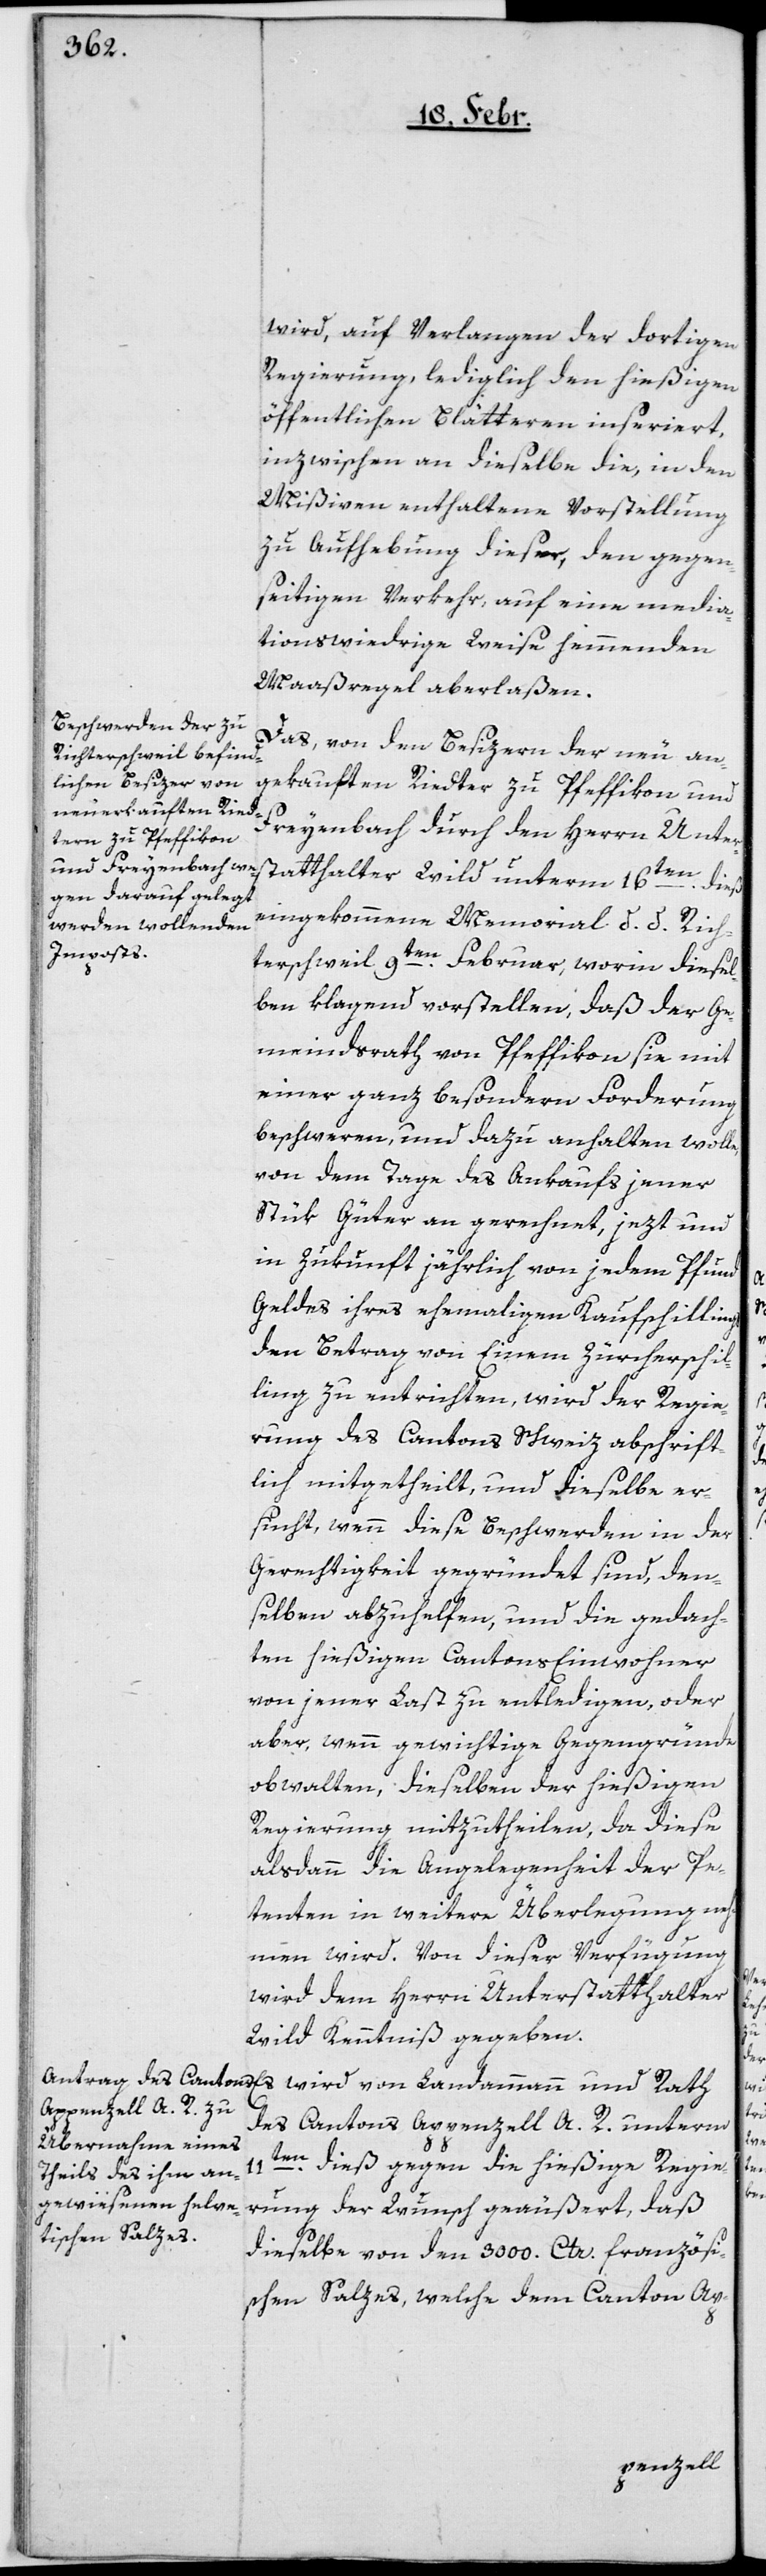
wird auf Verlangen der dortigen
Regierung lediglich den hießigen
öffentlichen Bätteren inseriert,
inzwischen an dieselbe die, in den
Mißiven enthaltene Vorstellung
zu Aufhebung dieser, den gegen¬
seitigen Verkehr, auf eine media¬
tionswidrige Weise hemmenden
Maaßregel aberlaßen.
Das, von den Besizern der neu an¬
gekauften Riedter zu Pfeffikon und
Freyenbach durch den Herrn Unter¬
statthalter Wild unterm 16ten. dieß
eingekommene Memorial d. d. Rich¬
terschweil 9ten. Februar, worin diesel¬
ben klagend vorstellen, daß der Ge¬
meindrath von Pfeffikon sie mit
einer ganz besondern Forderung
beschweren, und dazu anhalten wolle,
von dem Tage des Ankaufs jener
Stük Güter an gerechnet, jezt und
in Zukunft jährlich von jedem Pfund
Geldes ihres ehemaligen Kaufschillings
den Betrag von Einem Zürcherschil¬
ling zu entrichten, wird der Regie¬
rung des Cantons Schweiz abschrift¬
lich mitgetheilt, und dieselbe er¬
sucht, wenn diese Beschwerden in der
Gerechtigkeit gegründet sind, den¬
selben abzuhelfen, und die gedach¬
ten hießigen Cantons-Einwohner
von jener Last zu entledigen, oder
aber, wenn gewichtige Gegengründe
obwalten, dieselben der hießigen
Regierung mitzutheilen, da diese
alsdann die Angelegenheit der Pe¬
tenten in weitere Überlegung neh¬
men wird. Von dieser Verfügung
wird dem Herrn Unterstatthalter
Wild Kenntniß gegeben.
des Cantons Appenzell A. R. unterm
11ten. dieß gegen die hießige Regie¬
rung der Wunsch geäußert, daß
dieselbe von den 3000. Ctr. französi¬
schen Salzes, welche dem Canton Ap-